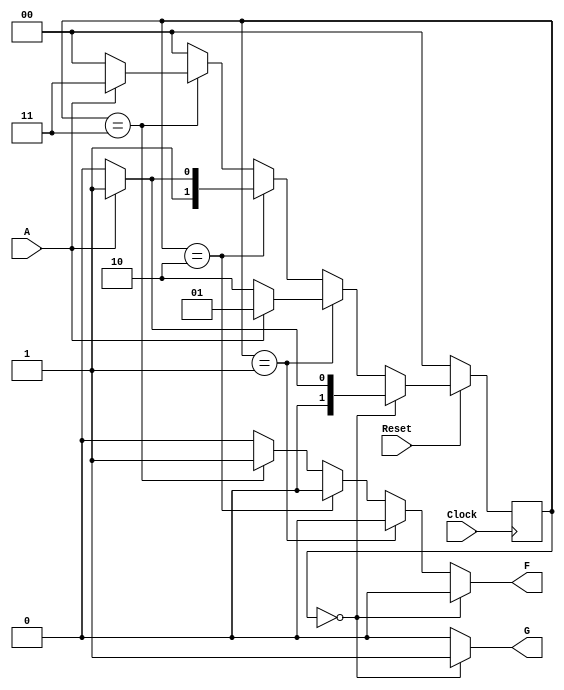
module  fsm (Clock, Reset, A,  F, G);
input Clock, Reset, A; 
output F,G; 
reg [1:0] state, Nextstate; 
 
parameter   Idle  = 2'b00,  Start = 2'b01,
Stop = 2'b10, Clear = 2'b11;
always @(posedge Clock) 
if (!Reset) 
begin  
state <= Idle; 
end 
else 
 state <= Nextstate; 
always @( state or A ) 
begin 
F=0;
G=0; 
 if (state == Idle) 
begin 
 if (A) 
Nextstate  =  Start; 
else  
Nextstate  =  Idle; 
G=1; 
end 
else  
 if (state == Start) 
if (!A) 
Nextstate  =  Stop; 
else  
Nextstate  =  Start; 
 
else  
 if (state == Stop) 
if (A) 
Nextstate  =  Clear; 
else  
Nextstate  =  Stop; 
 
else  
 if (state == Clear) 
begin 
if (!A) 
Nextstate  =  Idle; 
else  
Nextstate  =  Clear;  
F=1; 
end 
else 
 Nextstate= Idle; 
end 
 
endmodule